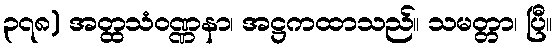
၃၇၈) အတ္ထသံဝဏ္ဏနာ၊ အဋ္ဌကထာသည်။ သမတ္တာ၊ ပြီ။